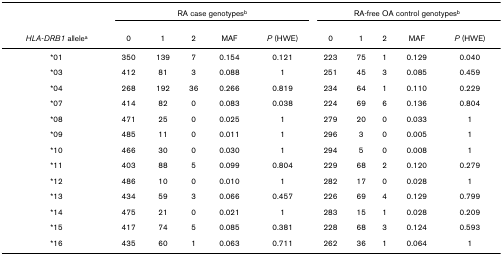
<table><thead><tr><td></td><td colspan="5"><b>RA case genotypes<sup>b</sup></b></td><td colspan="5"><b>RA-free OA control genotypes<sup>b</sup></b></td></tr><tr><td><b><i>HLA-DRB1 </i>allele<sup>a</sup></b></td><td><b>0</b></td><td><b>1</b></td><td><b>2</b></td><td><b>MAF</b></td><td><b><i>P </i>(HWE)</b></td><td><b>0</b></td><td><b>1</b></td><td><b>2</b></td><td><b>MAF</b></td><td><b><i>P </i>(HWE)</b></td></tr></thead><tbody><tr><td>*01</td><td>350</td><td>139</td><td>7</td><td>0.154</td><td>0.121</td><td>223</td><td>75</td><td>1</td><td>0.129</td><td>0.040</td></tr><tr><td>*03</td><td>412</td><td>81</td><td>3</td><td>0.088</td><td>1</td><td>251</td><td>45</td><td>3</td><td>0.085</td><td>0.459</td></tr><tr><td>*04</td><td>268</td><td>192</td><td>36</td><td>0.266</td><td>0.819</td><td>234</td><td>64</td><td>1</td><td>0.110</td><td>0.229</td></tr><tr><td>*07</td><td>414</td><td>82</td><td>0</td><td>0.083</td><td>0.038</td><td>224</td><td>69</td><td>6</td><td>0.136</td><td>0.804</td></tr><tr><td>*08</td><td>471</td><td>25</td><td>0</td><td>0.025</td><td>1</td><td>279</td><td>20</td><td>0</td><td>0.033</td><td>1</td></tr><tr><td>*09</td><td>485</td><td>11</td><td>0</td><td>0.011</td><td>1</td><td>296</td><td>3</td><td>0</td><td>0.005</td><td>1</td></tr><tr><td>*10</td><td>466</td><td>30</td><td>0</td><td>0.030</td><td>1</td><td>294</td><td>5</td><td>0</td><td>0.008</td><td>1</td></tr><tr><td>*11</td><td>403</td><td>88</td><td>5</td><td>0.099</td><td>0.804</td><td>229</td><td>68</td><td>2</td><td>0.120</td><td>0.279</td></tr><tr><td>*12</td><td>486</td><td>10</td><td>0</td><td>0.010</td><td>1</td><td>282</td><td>17</td><td>0</td><td>0.028</td><td>1</td></tr><tr><td>*13</td><td>434</td><td>59</td><td>3</td><td>0.066</td><td>0.457</td><td>226</td><td>69</td><td>4</td><td>0.129</td><td>0.799</td></tr><tr><td>*14</td><td>475</td><td>21</td><td>0</td><td>0.021</td><td>1</td><td>283</td><td>15</td><td>1</td><td>0.028</td><td>0.209</td></tr><tr><td>*15</td><td>417</td><td>74</td><td>5</td><td>0.085</td><td>0.381</td><td>228</td><td>68</td><td>3</td><td>0.124</td><td>0.593</td></tr><tr><td>*16</td><td>435</td><td>60</td><td>1</td><td>0.063</td><td>0.711</td><td>262</td><td>36</td><td>1</td><td>0.064</td><td>1</td></tr></tbody></table>